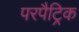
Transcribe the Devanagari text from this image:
परपैट्रिक